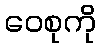
ဝေစုကို